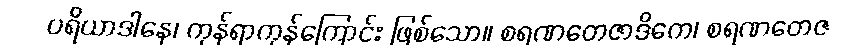
ပရိယာဒါနေ၊ ကုန်ရာကုန်ကြောင်း ဖြစ်သော။ စရဏတေဇာဒိကေ၊ စရဏတေဇ